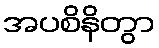
အပစိနိတွာ